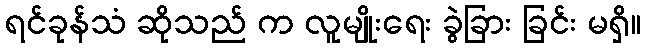
ရင်ခုန်သံ ဆိုသည် က လူမျိုးရေး ခွဲခြား ခြင်း မရှိ။